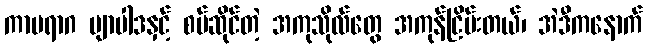
ကာမရာဂ ဗျာပါဒနှင့် စပ်ဆိုင်တဲ့ အကုသိုလ်တွေ အကုန်ငြိမ်းတယ်၊ အဲဒီကနောက်